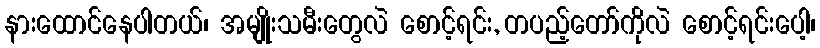
နားထောင်နေပါတယ်၊ အမျိုးသမီးတွေလဲ စောင့်ရင်း, တပည့်တော်ကိုလဲ စောင့်ရင်းပေါ့၊